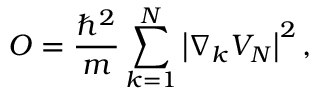
O = \frac { \hbar ^ { 2 } } { m } \sum _ { k = 1 } ^ { N } \left| \nabla _ { k } V _ { N } \right| ^ { 2 } ,